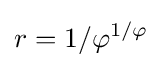
r=1/\varphi ^{1/\varphi }